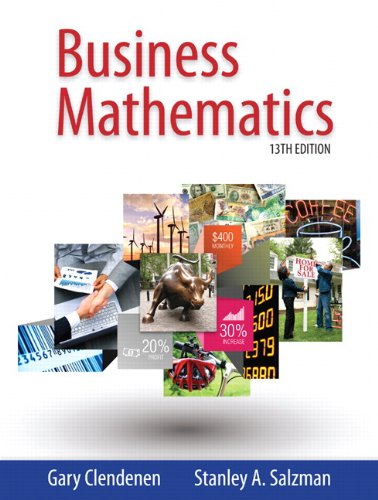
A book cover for Business Mathematics plus MyMathLab with Pearson eText -- Access Card Package (13th Edition); Gary Clendenen; Business & Money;